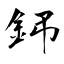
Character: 鈟